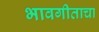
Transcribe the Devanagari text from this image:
भावगीताचा